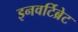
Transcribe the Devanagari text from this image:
इनवर्टिब्रेट